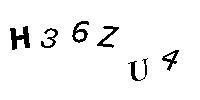
H36ZU4